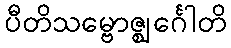
ပီတိသမ္ဗောဇ္ဈင်္ဂေါတိ